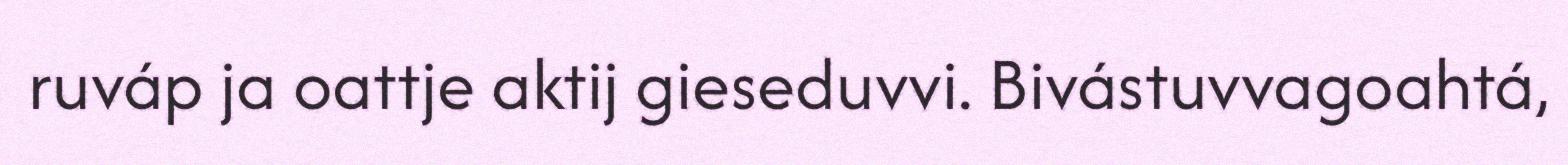
ruváp ja oattje aktij gieseduvvi. Bivástuvvagoahtá,